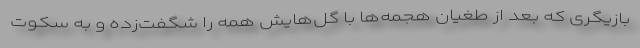
بازیگری که بعد از طغیان هجمه‌ها با گل‌هایش همه را شگفت‌زده و به سکوت